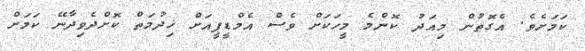
ކަމަށެވެ. އެގޮތުން މިއަދު ކޮންމެ މީހަކަށް ވެސް އެމްޑީޕީއަށް ޚިދުމަތް ކޮށްދެވިދާނޭ ކަމަށް